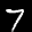
Label: 7